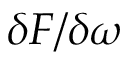
\delta F / \delta \omega